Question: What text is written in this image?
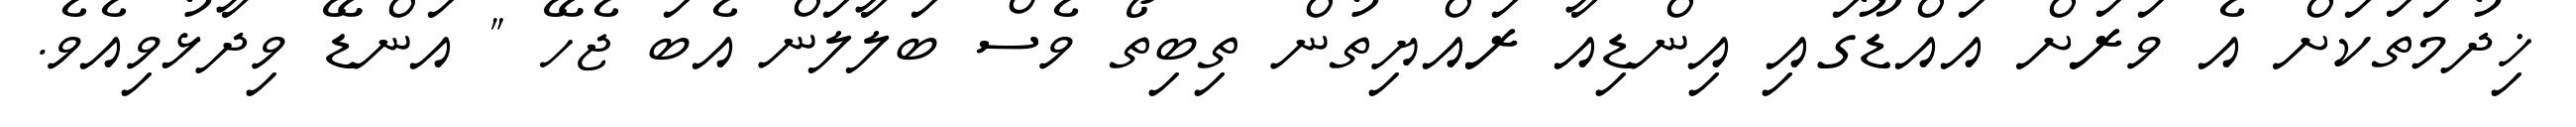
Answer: ޚިދުމަތަކަށް އެ ވަރަށް އައްޑޫގައި އިންޑިއާ ރައްޔިތުން ތިބިތޯ ވެސް ބަލާލަން އެބަ ޖެހޭ " އަންޑޭ ވިދާޅުވިއެވެ.